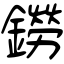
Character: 鐒